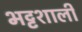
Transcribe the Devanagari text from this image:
भट्टशाली